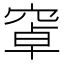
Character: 窧